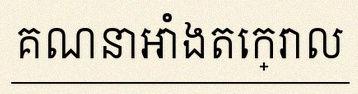
គណនាអាំងតេក្រាល